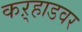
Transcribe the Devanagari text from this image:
कऱ्हाडवर